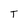
Character: T